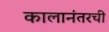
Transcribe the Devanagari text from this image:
कालानंतरची